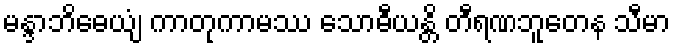
မန္ဒာဘိဓေယျံ ကာတုကာမဿ သောဓီယန္တိ တီရဏဘူတေန သီမာ